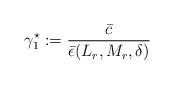
LaTeX: \begin{align*}\gamma_1^\star := \dfrac{\bar c}{ \bar \epsilon(L_r,M_r, \delta)}\end{align*}